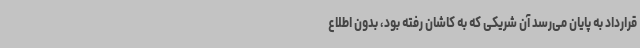
قرارداد به پایان می‌رسد آن شریکی که به کاشان رفته بود، بدون اطلاع